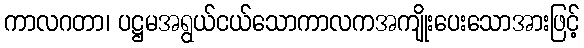
ကာလဂတာ၊ ပဋ္ဌမအရွယ်ငယ်သောကာလကအကျိုးပေးသောအားဖြင့်